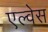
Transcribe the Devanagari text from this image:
एल्वेस